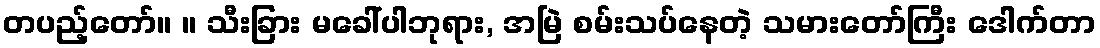
တပည့်တော်။ ။ သီးခြား မခေါ်ပါဘုရား, အမြဲ စမ်းသပ်နေတဲ့ သမားတော်ကြီး ဒေါက်တာ